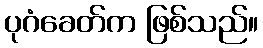
ပုဂံခေတ်က ဖြစ်သည်။